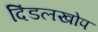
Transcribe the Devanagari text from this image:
दिंडलखोप